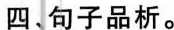
四、句子品析。